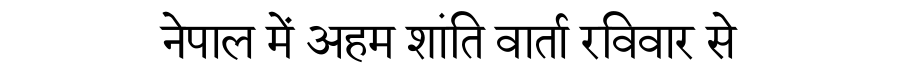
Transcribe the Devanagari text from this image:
नेपाल में अहम शांति वार्ता रविवार से